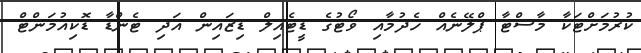
ކުރުމަށްޓަކާ މާސްޓާ ޕްލޭނެއް ހެދުމާއި ވޯޓުގެ ޑީޓެއިލް ޑިޒައިން އަދި ޓެންޑާ ޑޮކިއުމަންޓް